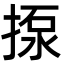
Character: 揼